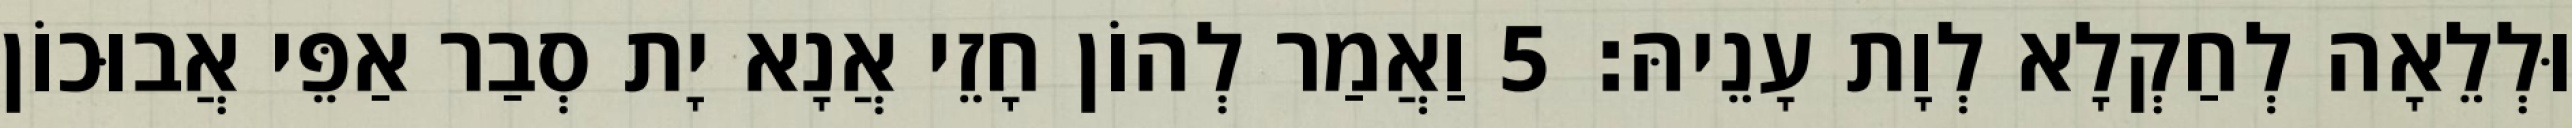
וּלְלֵאָה לְחַקְלָא לְוָת עָנֵיהּ׃ 5 וַאֲמַר לְהוֹן חָזֵי אֲנָא יָת סְבַר אַפֵּי אֲבוּכוֹן